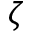
\zeta